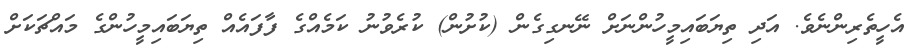
އެހީތެރިންނެވެ. އަދި ތިޔަބައިމީހުންނަށް ނޭނގިގެން (ކުށުން) ކުރެވުނު ކަމެއްގެ ފާފައެއް ތިޔަބައިމީހުންގެ މައްޗަކަށް